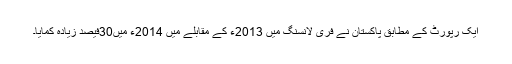
ایک رپورٹ کے مطابق پاکستان نے فری لانسنگ میں 2013ء کے مقابلے میں 2014ء میں30فیصد زیادہ کمایا۔